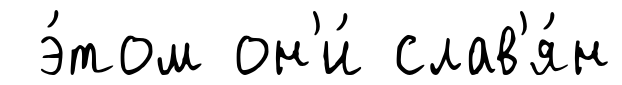
э́том он'и́ слав'я́н